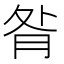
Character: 𦚅